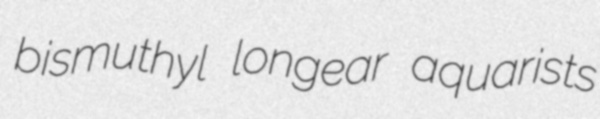
bismuthyl longear aquarists